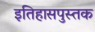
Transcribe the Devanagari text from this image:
इतिहासपुस्तक